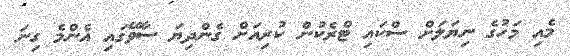
މެއި މަހުގެ ނިޔަލަށް ސްކައި ޓްރެކުން ކުރިއަށް ގެންދިޔަ ސާވޭގައި އެންމެ ގިނަ